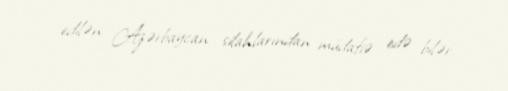
edilən Azərbaycan silahlarından müdafiə edə bilər.